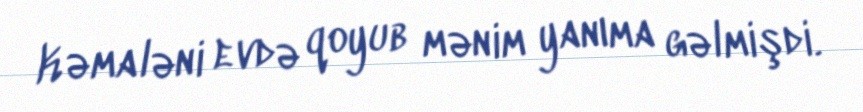
Kəmaləni evdə qoyub mənim yanıma gəlmişdi.